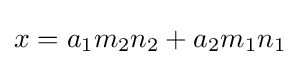
x=a_{1}m_{2}n_{2}+a_{2}m_{1}n_{1}